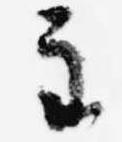
主